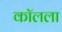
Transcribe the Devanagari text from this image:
कॉलला